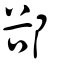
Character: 郤